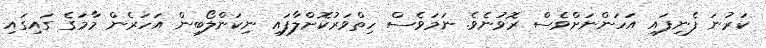
ކަރުނަ ފެނިފައި އަހަންނަށްވެސް ރޮވުނެވެ. ނަމަވެސް ހިތްވަރުކޮށްލާފައި ނިކަންލޯބިން އަހަރެން މާމަގެ ގައިގައި